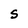
Character: S